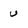
Character: u